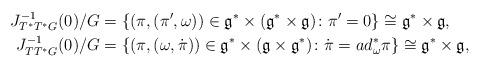
LaTeX: \begin{align*}J_{T^*T^*G}^{-1}(0)/G &= \{(\pi, (\pi', \omega))\in \mathfrak{g}^* \times (\mathfrak{g}^*\times \mathfrak{g})\colon \pi'=0\}\cong \mathfrak{g}^*\times\mathfrak{g},\\J^{-1}_{TT^*G}(0)/G &= \{ ( \pi, (\omega, \dot \pi )) \in \mathfrak{g}^*\times (\mathfrak{g}\times \mathfrak{g}^*) \colon \dot\pi = ad^*_\omega \pi\}\cong \mathfrak{g}^*\times\mathfrak{g},\end{align*}